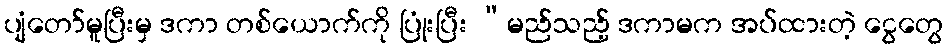
ပျံတော်မူပြီးမှ ဒကာ တစ်ယောက်ကို ပြုံးပြီး “မည်သည့် ဒကာမက အပ်ထားတဲ့ ငွေတွေ